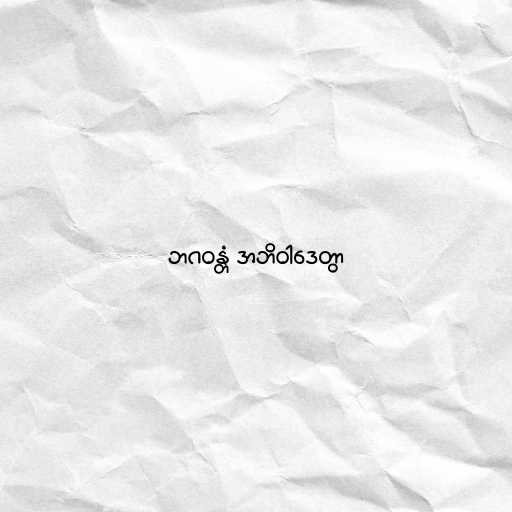
ဘဂဝန္တံ အဘိဝါဒေတွာ